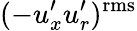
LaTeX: (-u_{x}^{\prime}u_{r}^{\prime})^{\mathrm{rms}}